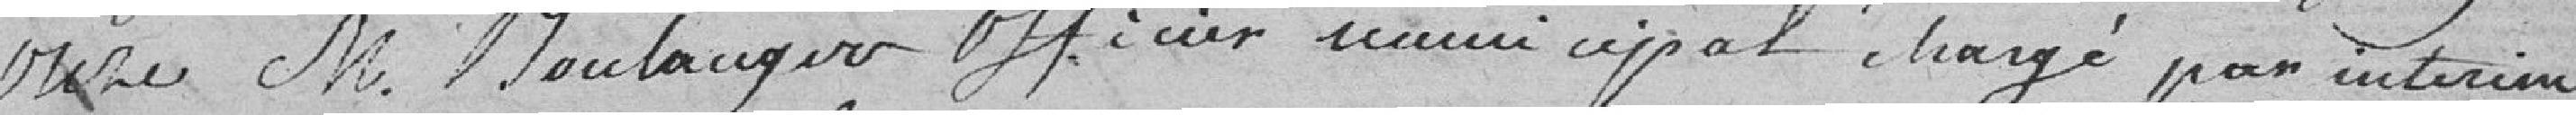
onze, M. (incertain) officier municipal chargé par interim